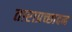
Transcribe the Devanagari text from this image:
ताराप्रच्छादन